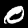
Digit: 0